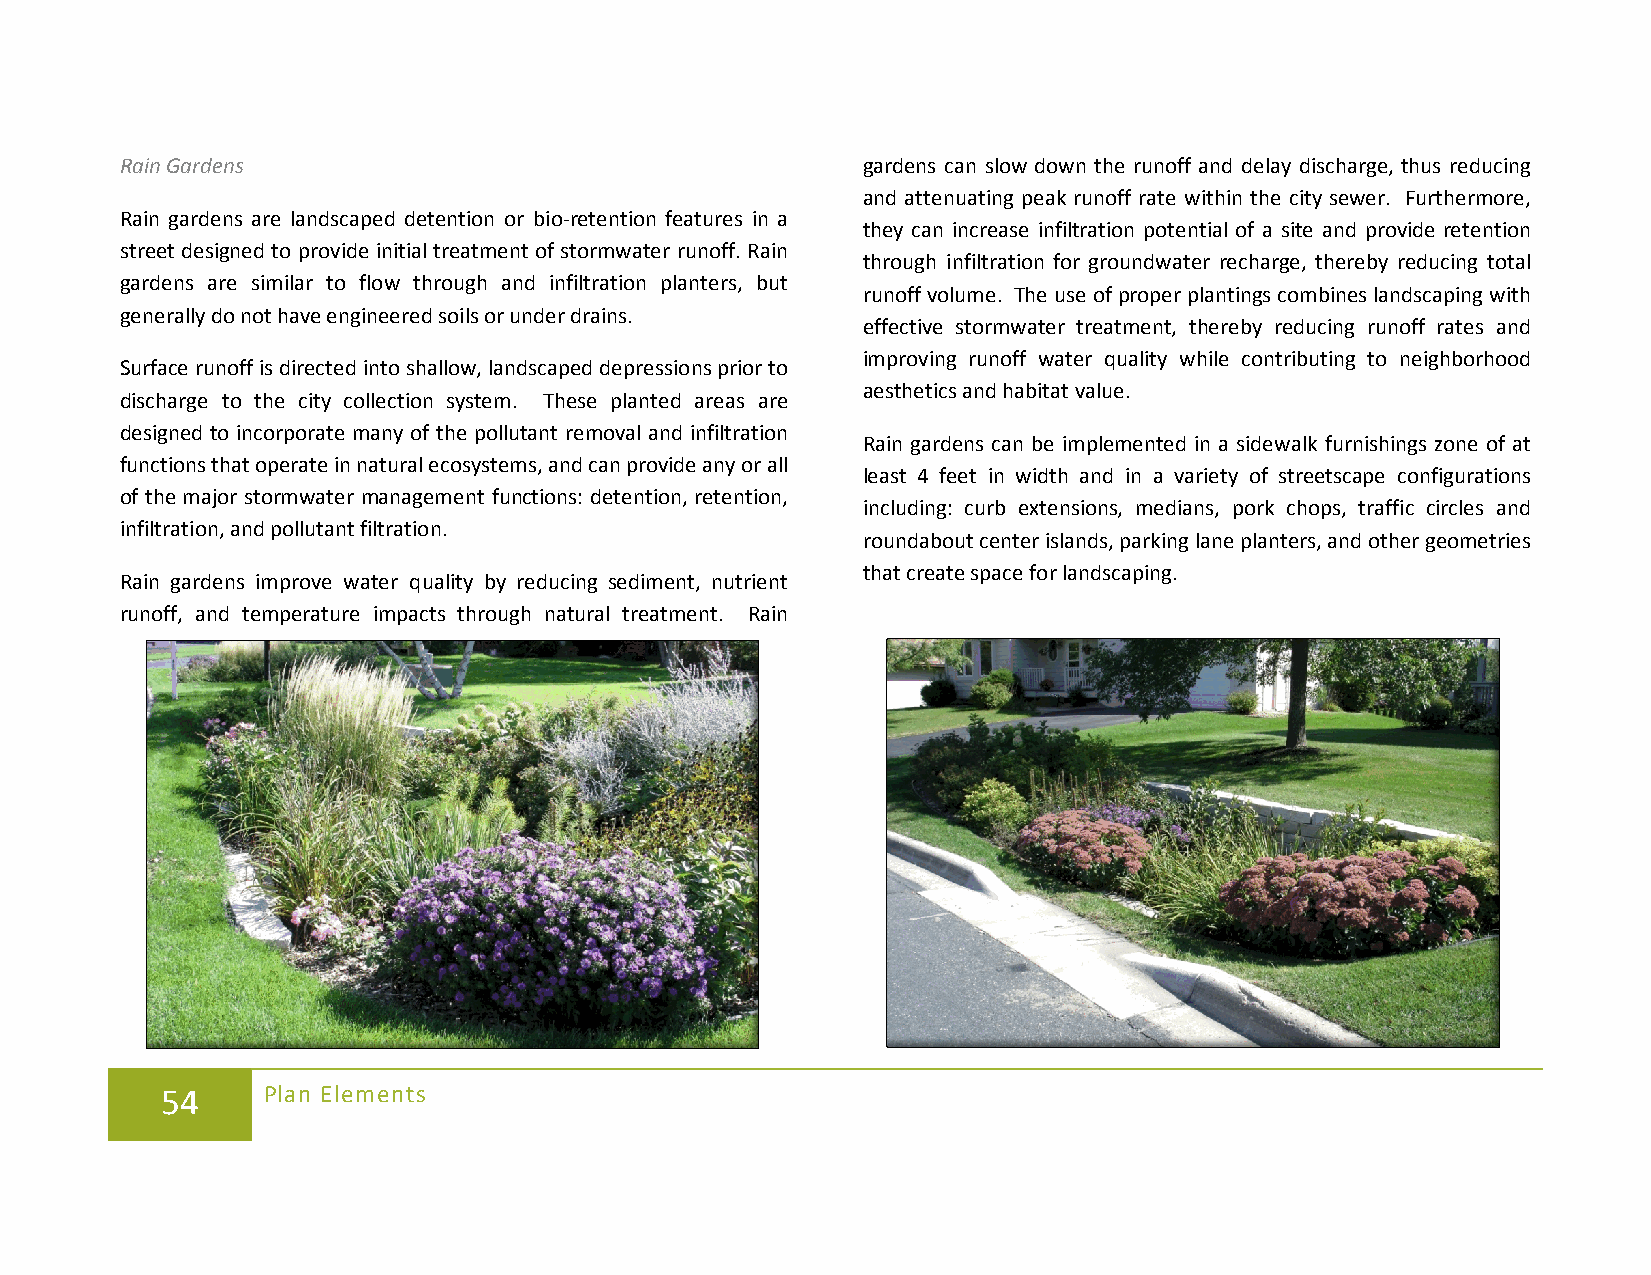
Rain Gardens                                     gardens can slow down the runoff and delay discharge, thus reducing
 and attenuating peak runoff rate within the city sewer. Furthermore,
 Rain gardens are landscaped detention or bio-retention features in a
 they can increase infiltration potential of a site and provide retention
 street designed to provide initial treatment of stormwater runoff. Rain
 through infiltration for groundwater recharge, thereby reducing total
 gardens are similar to flow through and infiltration planters, but
 runoff volume. The use of proper plantings combines landscaping with
 generally do not have engineered soils or under drains.
 effective stormwater treatment, thereby reducing runoff rates and
 improving runoff water quality while contributing to neighborhood
 Surface runoff is directed into shallow, landscaped depressions prior to
 aesthetics and habitat value.
 discharge to the city collection system. These planted areas are
 designed to incorporate many of the pollutant removal and infiltration
 Rain gardens can be implemented in a sidewalk furnishings zone of at
 functions that operate in natural ecosystems, and can provide any or all
 least 4 feet in width and in a variety of streetscape configurations
 of the major stormwater management functions: detention, retention,
 including: curb extensions, medians, pork chops, traffic circles and
 infiltration, and pollutant filtration.
 roundabout center islands, parking lane planters, and other geometries
 that create space for landscaping.
 Rain gardens improve water quality by reducing sediment, nutrient
 runoff, and temperature impacts through natural treatment. Rain
 54    Plan Elements